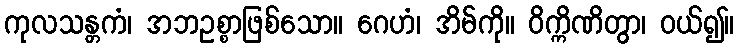
ကုလသန္တကံ၊ အဘဥစ္စာဖြစ်သော။ ဂေဟံ၊ အိမ်ကို။ ဝိက္ကိဏိတွာ၊ ဝယ်၍။